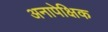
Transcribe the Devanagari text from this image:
अनापेक्षिक